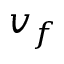
v _ { f }